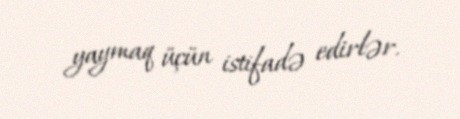
yaymaq üçün istifadə edirlər.